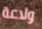
ولاعة